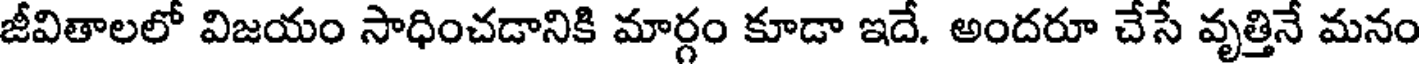
జీవితాలలో విజయం సాధించడానికి మార్గం కూడా ఇదే. అందరూ చేసే వృత్తినే మనం